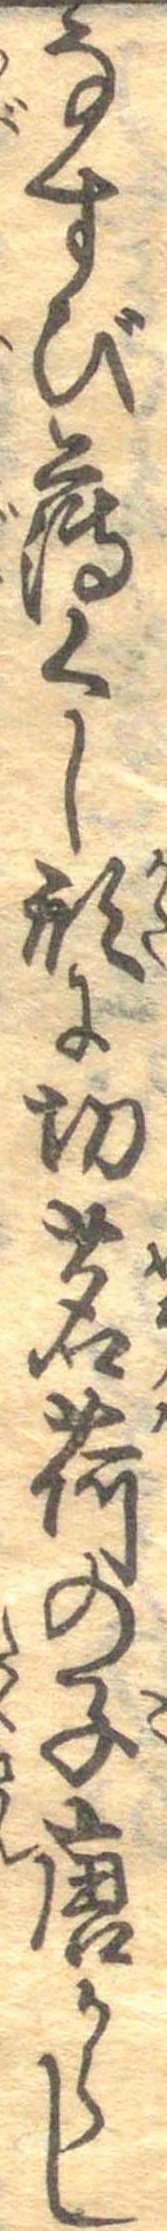
なすび薄くし形に切茗荷の子唐からし